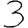
Digit: 3